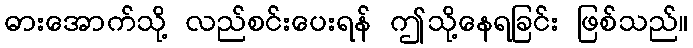
ဓားအောက်သို့ လည်စင်းပေးရန် ဤသို့နေရခြင်း ဖြစ်သည်။